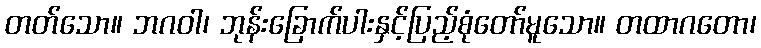
တတ်သော။ ဘဂဝါ၊ ဘုန်းခြောက်ပါးနှင့်ပြည့်စုံတော်မူသော။ တထာဂတော၊